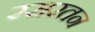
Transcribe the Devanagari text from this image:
रसरतन